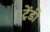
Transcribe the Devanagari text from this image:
ट्रेंडी